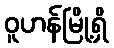
ဝူဟန်မြို့ရှိ